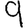
Digit: 9